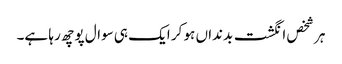
ہر شخص انگشت بدنداں ہو کر ایک ہی سوال پوچھ رہا ہے۔